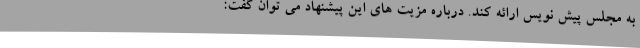
به مجلس پیش نویس ارائه کند. درباره مزیت های این پیشنهاد می توان گفت: